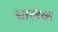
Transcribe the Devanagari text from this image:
धालक